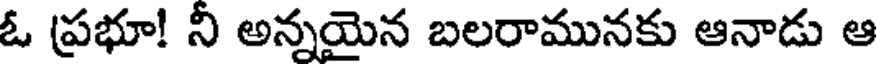
ఓ ప్రభూ! నీ అన్నయైన బలరామునకు ఆనాడు ఆ